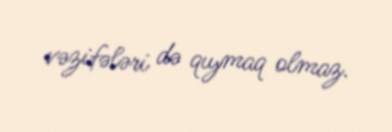
vəzifələri də qıymaq olmaz.